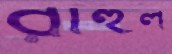
রাহুল